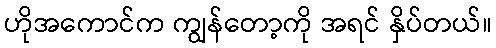
ဟိုအကောင်က ကျွန်တော့ကို အရင် နှိပ်တယ်။